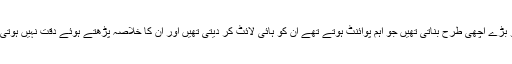
نو سال میں مَیں نے ان کو دیکھا ہے، اِن کے ڈاک کے خلاصے ایک تو بڑے اچھی طرح بناتی تھیں جو اہم پوائنٹ ہوتے تھے اُن کو ہائی لائٹ کر دیتی تھیں اور ان کا خلاصہ پڑھتے ہوئے دقت نہیں ہوتی تھی اور نفسِ مضمون جو تھا خط لکھنے والے کا وہ بھی پہنچ جاتا تھا۔